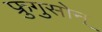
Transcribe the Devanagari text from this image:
फ्रुगुसोन्